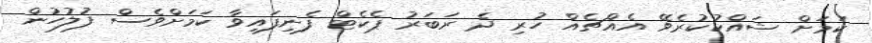
ކަމަށް ޝައްކުކުރެވޭ އެއްޗެއް ހުރި ދެ ރަބަރު ޕެކެޓް ފެނިފައިވާ ކަމަށްވެސް ފުލުހުން